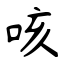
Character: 咳